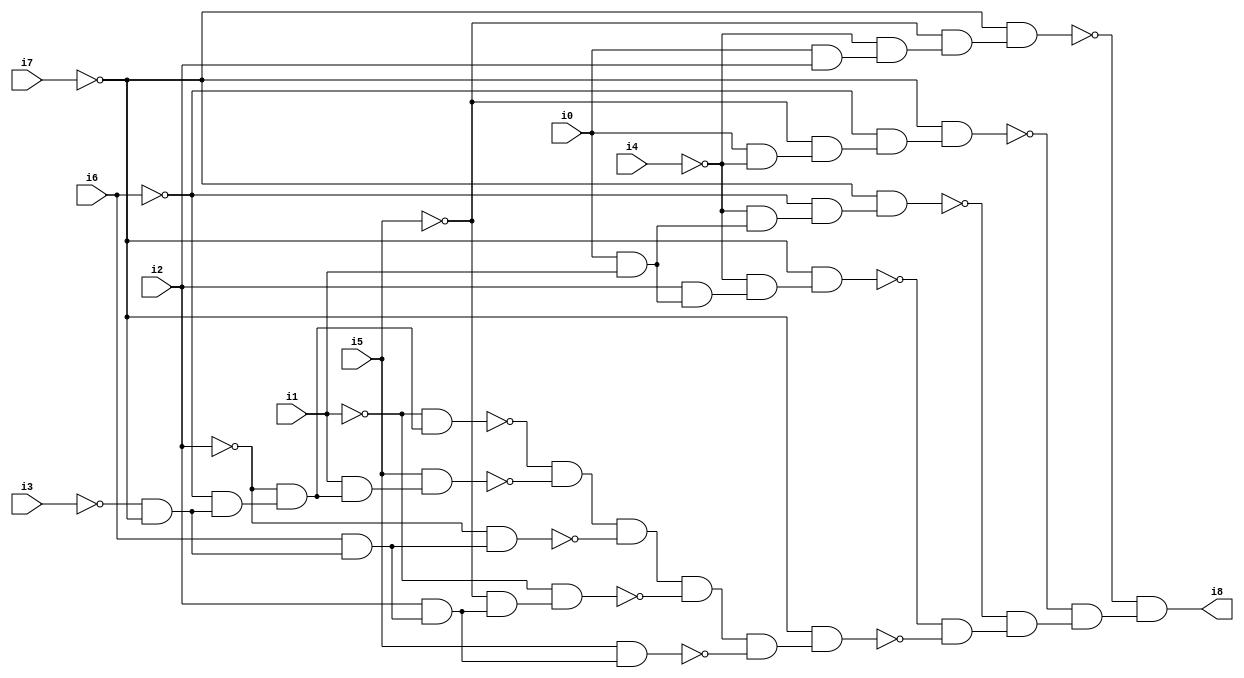
// Benchmark "SKOLEMFORMULA" written by ABC on Mon May  4 15:54:02 2020

module SKOLEMFORMULA ( 
    i0, i1, i2, i3, i4, i5, i6, i7,
    i8  );
  input  i0, i1, i2, i3, i4, i5, i6, i7;
  output i8;
  wire n10, n11, n12, n13, n14, n15, n16, n17, n18, n19, n20, n21, n22, n23,
    n24, n25, n26, n27, n28, n29, n30, n31, n32, n33, n34, n35, n36, n37,
    n38, n39, n40, n41, n42, n43, n44;
  assign n10 = i0 & i1;
  assign n11 = i2 & n10;
  assign n12 = ~i4 & n11;
  assign n13 = ~i7 & n12;
  assign n14 = ~i4 & n10;
  assign n15 = ~i6 & n14;
  assign n16 = ~i7 & n15;
  assign n17 = i0 & ~i4;
  assign n18 = ~i5 & n17;
  assign n19 = ~i6 & n18;
  assign n20 = ~i7 & n19;
  assign n21 = i0 & i2;
  assign n22 = ~i4 & n21;
  assign n23 = ~i5 & n22;
  assign n24 = ~i7 & n23;
  assign n25 = ~i3 & ~i7;
  assign n26 = ~i6 & n25;
  assign n27 = ~i2 & n26;
  assign n28 = ~i1 & n27;
  assign n29 = i1 & n27;
  assign n30 = i5 & n29;
  assign n31 = ~n28 & ~n30;
  assign n32 = i6 & n25;
  assign n33 = ~i2 & n32;
  assign n34 = n31 & ~n33;
  assign n35 = i2 & n32;
  assign n36 = ~i5 & n35;
  assign n37 = ~i1 & n36;
  assign n38 = n34 & ~n37;
  assign n39 = i5 & n35;
  assign n40 = n38 & ~n39;
  assign n41 = ~i7 & n40;
  assign n42 = ~n13 & ~n41;
  assign n43 = ~n16 & n42;
  assign n44 = ~n20 & n43;
  assign i8 = ~n24 & n44;
endmodule